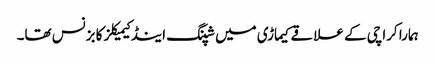
ہمارا کراچی کے علاقے کیماڑی میں شپنگ اینڈ کیمیکلز کا بزنس تھا۔